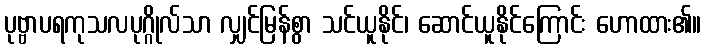
ပုဗ္ဗာပရကုသလပုဂ္ဂိုလ်သာ လျှင်မြန်စွာ သင်ယူနိုင်၊ ဆောင်ယူနိုင်ကြောင်း ဟောထား၏။